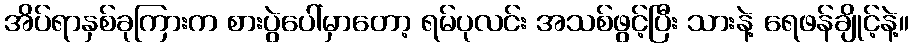
အိပ်ရာနှစ်ခုကြားက စားပွဲပေါ်မှာတော့ ရမ်ပုလင်း အသစ်ဖွင့်ပြီး သားနဲ့ ရေဖန်ချိုင့်နဲ့။